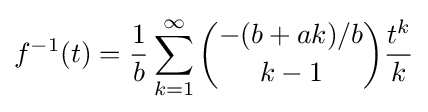
f^{-1}(t)={\frac {1}{b}}\sum _{k=1}^{\infty }{\binom {-(b+ak)/b}{k-1}}{\frac {t^{k}}{k}}